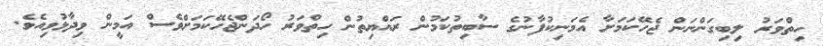
ހިތްވަރު ލިބިގަންނަން ޖެހޭކަމަށާ އެމަނިކުފާނުގެ ސާބިތުކަމުން ރައްޔިތުން ހިތްވަރު ހޯދަންޖެހޭކަމަށްވެސް އަމީން ވިދާޅުވިއެވެ.